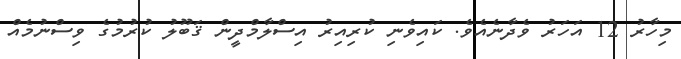
މިހާރު 12 އަހަރު ވެދާނެއެވެ. ކައިވެނި ކުރިއިރު އިސްލާމްދީން ޤަބޫލު ކުރުމުގެ ވިސްނުމެއް